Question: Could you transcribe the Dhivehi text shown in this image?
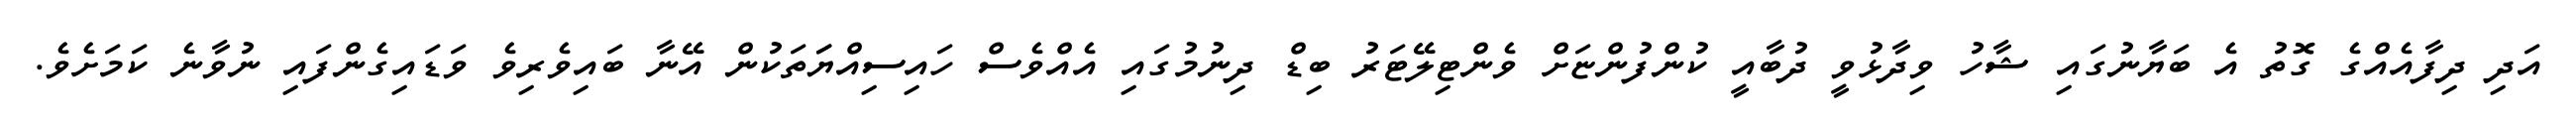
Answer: އަދި ދިފާއެއްގެ ގޮތު އެ ބަޔާނުގައި ޝާހު ވިދާޅުވީ ދުބާއީ ކުންފުންޏަށް ވެންޓިލޭޓަރު ބިޑް ދިނުމުގައި އެއްވެސް ހައިސިއްޔަަތަކުން އޭނާ ބައިވެރިވެ ވަޑައިގެންފައި ނުވާނެ ކަމަށެވެ.